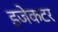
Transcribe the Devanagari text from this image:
इजेकटर